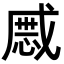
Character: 𢧯